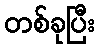
တစ်ခုပြီး